Papers set at the Examination for Leaving Certificates, 1891
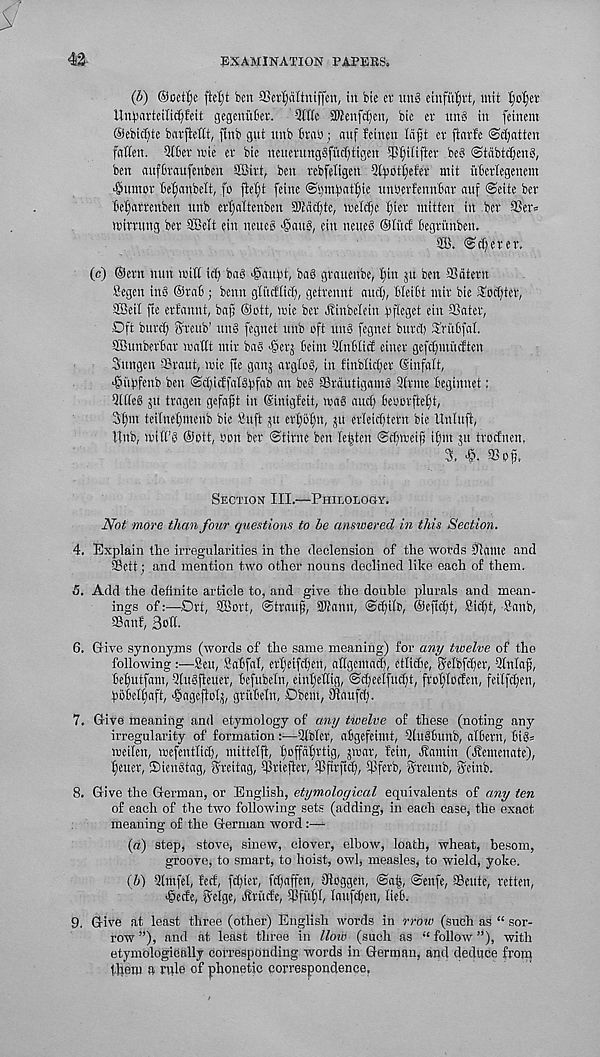
42
EXAMINATION PAPERS.
(b) ©oetf)e ftetjt ben 9Scrf)attniffert, in bie er un8 etnfi'tfii't, mit t)ol;er
llnbavteilic^feit gcgenubet. 2IKc 5Kenfct)cn, bic ev nn6 in feincm
©ebitfite bavfieftt, ftnb gnt nnb firnb; auf fcinen Infjt er ftarfe ©fatten
fnKen. Slier wie er bie neuernngSfiidjtigen $^ilifier be§ ©tabtcljcni,
ben aufiraufenben SBirt, ben rebfeligen Sl^ot^efer mit ufeerlegenem
•Sumor ie^anbelt, fo flet)t feine ©amiatl^ie unberfenniar auf ©eitc ber
iefarrenben unb erl)altenben aK(icf)te, wel^e Ifier mitten in .ber 33'er«
miming ber SBelt ein nenes 'gang, ein neueg ©liicf Begritnben.
SB. ©cf;erer.
(c) ©ern nun mill id) bag •gaubt, bag grauenbe, l)in ju ben 33dtern
fiegen ing ©raB; benn glucflicli, getrennt and), BleiBt mir bie Sodjtcr,
SBeil fte erfannt, baf; ©ott, mie ber ^inbelein Bfleget ein SSater,
Oft burd) Sreub’ ung fegnet unb eft ung fegnet burd) SruBfal.
SBunberBar mailt mir bag >gerj Beim SlnBlicl einer gefdjmrnften
Sungen SSraut, mie fte ganj arglog, in finblid;er ©infalt,
‘gufjfenb ben @d;icffalgbfab an beg SBrdutigamg Slrme Beginnet:
Qllleg jit tragen gefajjt in ©inigfeit, mag and) Beborfteljt,
3lim teilnelfmeiib bie SJuft ju erl)of)n, ju erleidjtern bie Unlufi,
llnb, miK’g ©ott, bon ber ©time ben lenten ©d)meip ifjm ju trodnen,
3,
aso^.
Section III.—Philology.
Not move than four questions to be answered in this Section.
4. Explain the irregularities in the declension of the words Statue and
Sett; and mention two other nouns declined like each of them.
5. Add the definite article to, and give the double plurals and mean-
ings of:—Drt, SBort, ©trauf, Stann, ©d)ilb, ©eftdft, SJid)t, Sanb,
SSanf, BpH.
6. Give synonyms (words of the same meaning) for any twelve of the
following:—Sen, SaBfal, erffeifdjen, atlgcmad), etlicBe, f?elbffler, -Iln’lafj,
Befiutfam, -‘ttugfteuer, Befubeln, eintfe'llig, @d)ee'l[ud)t ; frolflocfen, feilfd)en,
ftoBellfaft, 'gagcflolj, gritBeln, Obem, 3ftaufcB.
7. Give meaning and etymology of any twelve of these (noting any
irregularity of formation:—Ulbler, aBgefeimt, QlugBnnb, albern, Big=
meilen, mefenflid), mittelfi, ^offdfirtig, jmar, fein, dtamin (dtemenate),
fetter, ®iengtag, Sreitag, Briefter, tpfirftd), Bferb, ffreunb, Seinb.
8. Give the German, or English, etymological equivalents of any ten
of each of the two following sets (adding, in each case, the exact
meaning of the German word:—
(«) step, stove, sinew, clover, elbow, loath, wheat, besom,
groove, to smart, to hoist, owl, measles, to wield, yoke.
(6) 2lmfc£, fed, fd)ier, fdfaffen, jRbggen, ©alj, ©enfe, SSeute, retten,
■ §ede, Selge, Hriidc, Spfutfl, laufiBen, lieB.
9. Give at least three (other) English words in rrOw (such as “ sor-
row ”), and at least three in lloio (such as <£ follow ”), with
etymologically corresponding words in German, and deduce from
them a nde of phonetic correspondence.